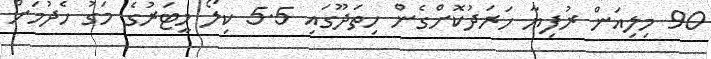
90 މިލިއަން ރުފިޔާ ހަރަދުކޮށްގެން ހިތަދޫގައި 5.5 ކިލޯ މީޓަރުގެ މަގު ހެދުމަށް